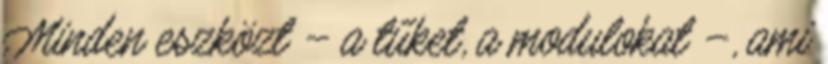
Minden eszközt – a tűket, a modulokat –, ami